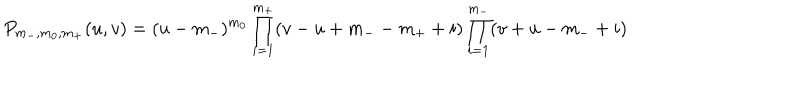
LaTeX: P _ { m _ { - } , m _ { 0 } , m _ { + } } ( u , v ) = ( u - m _ { - } ) ^ { m _ { 0 } } \prod _ { i = 1 } ^ { m _ { + } } ( v - u + m _ { -- } m _ { + } + i ) \prod _ { i = 1 } ^ { m _ { - } } ( v + u - m _ { - } + i )